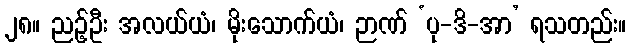
၂၈။ ညဉ့်ဦး အလယ်ယံ၊ မိုးသောက်ယံ၊ ဉာဏ် ‘ပု-ဒိ-အာ’ ရသတည်း။